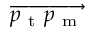
\overrightarrow { p _ { \mathrm { ~ t ~ } } p _ { \mathrm { ~ m ~ } } }